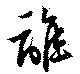
誰